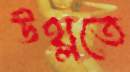
উথ্‌লতে